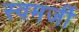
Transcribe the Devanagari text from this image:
स्वमर्जी